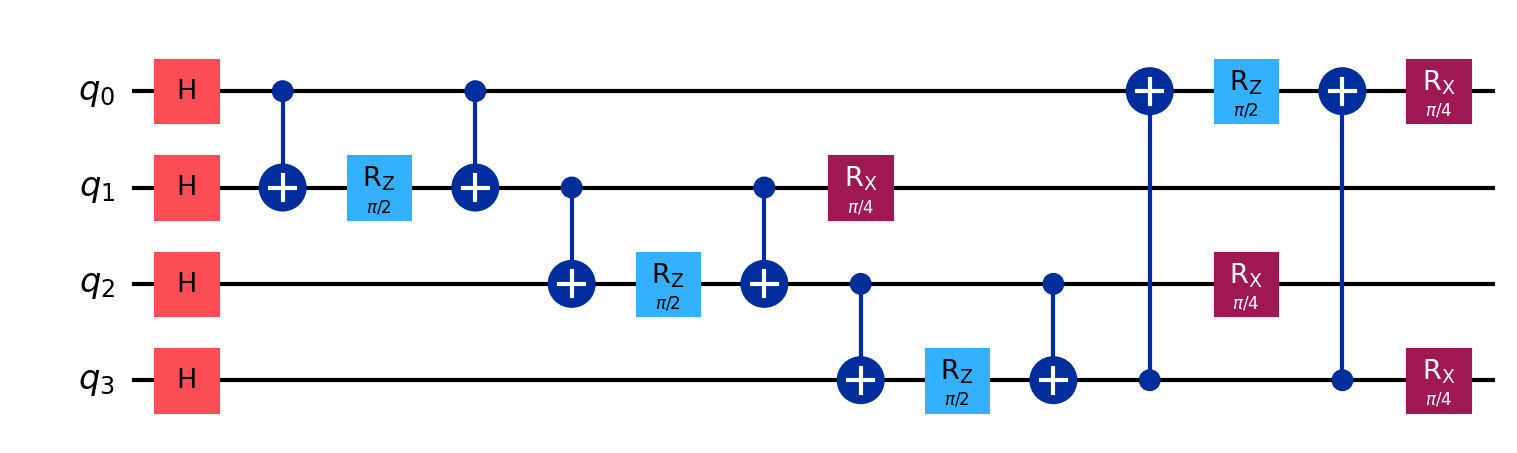
Description: QAOA single layer for MaxCut on 4-node ring
描述: 4节点环MaxCut的单层QAOA
Category: advanced_algorithms (difficulty: advanced)
Qubits: 4, circuit depth: 14

Braket implementation:
import math
from braket.circuits import Circuit
gamma, beta = math.pi/4, math.pi/8
circuit = Circuit()
for i in range(4):
    circuit.h(i)
for i, j in [(0,1),(1,2),(2,3),(3,0)]:
    circuit.cnot(i, j).rz(j, 2*gamma).cnot(i, j)
for i in range(4):
    circuit.rx(i, 2*beta)